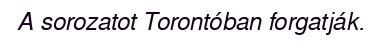
A sorozatot Torontóban forgatják.